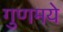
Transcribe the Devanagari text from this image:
गुणमये